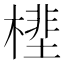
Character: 㯇